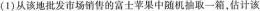
(1)从该地批发市场销售的富士苹果中随机抽取一箱，估计该